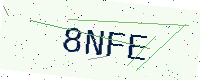
Text: 8NFE